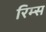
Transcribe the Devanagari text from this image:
रिम्स